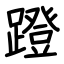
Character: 蹬